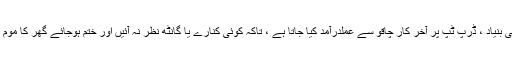
موم بتی کی بنیاد ، ڈرپ ٹپ پر آخر کار چاقو سے عملدرآمد کیا جاتا ہے ، تاکہ کوئی کنارے یا گانٹھ نظر نہ آئیں اور ختم ہوجائے گھر کا موم موم بتیاں!